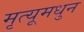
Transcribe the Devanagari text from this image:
मृत्यूमधुन